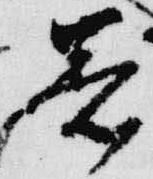
著